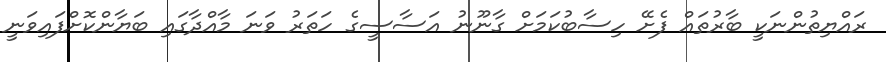
ރައްޔިތުންނަކީ ބާރުތައް ފެށޭ ހިސާބުކަމަށް ގާނޫނު އަސާސީގެ ހަތަރު ވަނަ މާއްދާގައި ބަޔާންކޮށްފައިވަނީ